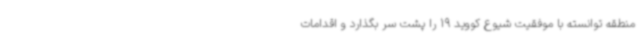
منطقه توانسته با موفقیت شیوع کووید 19 را پشت سر بگذارد و اقدامات